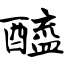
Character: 醯